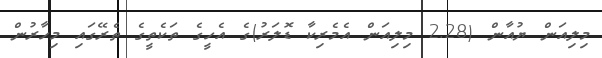
މިލިއަން ޔުއާން (2.28 މިލިއަން އެމެރިކާ ޑޮލަރު)ގެ އެހީގެ ތަކެތީގެ ތެރޭގައި މިހާރުން